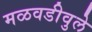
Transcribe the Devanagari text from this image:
मळवडीवुले